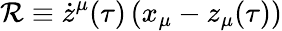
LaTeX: \mathcal{R}\equiv\dot{{z}}^{\mu}(\tau)\, (x_{\mu}-z_{\mu}(\tau))